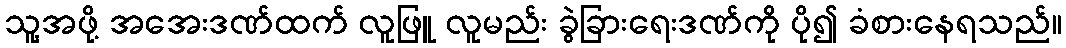
သူ့အဖို့ အအေးဒဏ်ထက် လူဖြူ လူမည်း ခွဲခြားရေးဒဏ်ကို ပို၍ ခံစားနေရသည်။